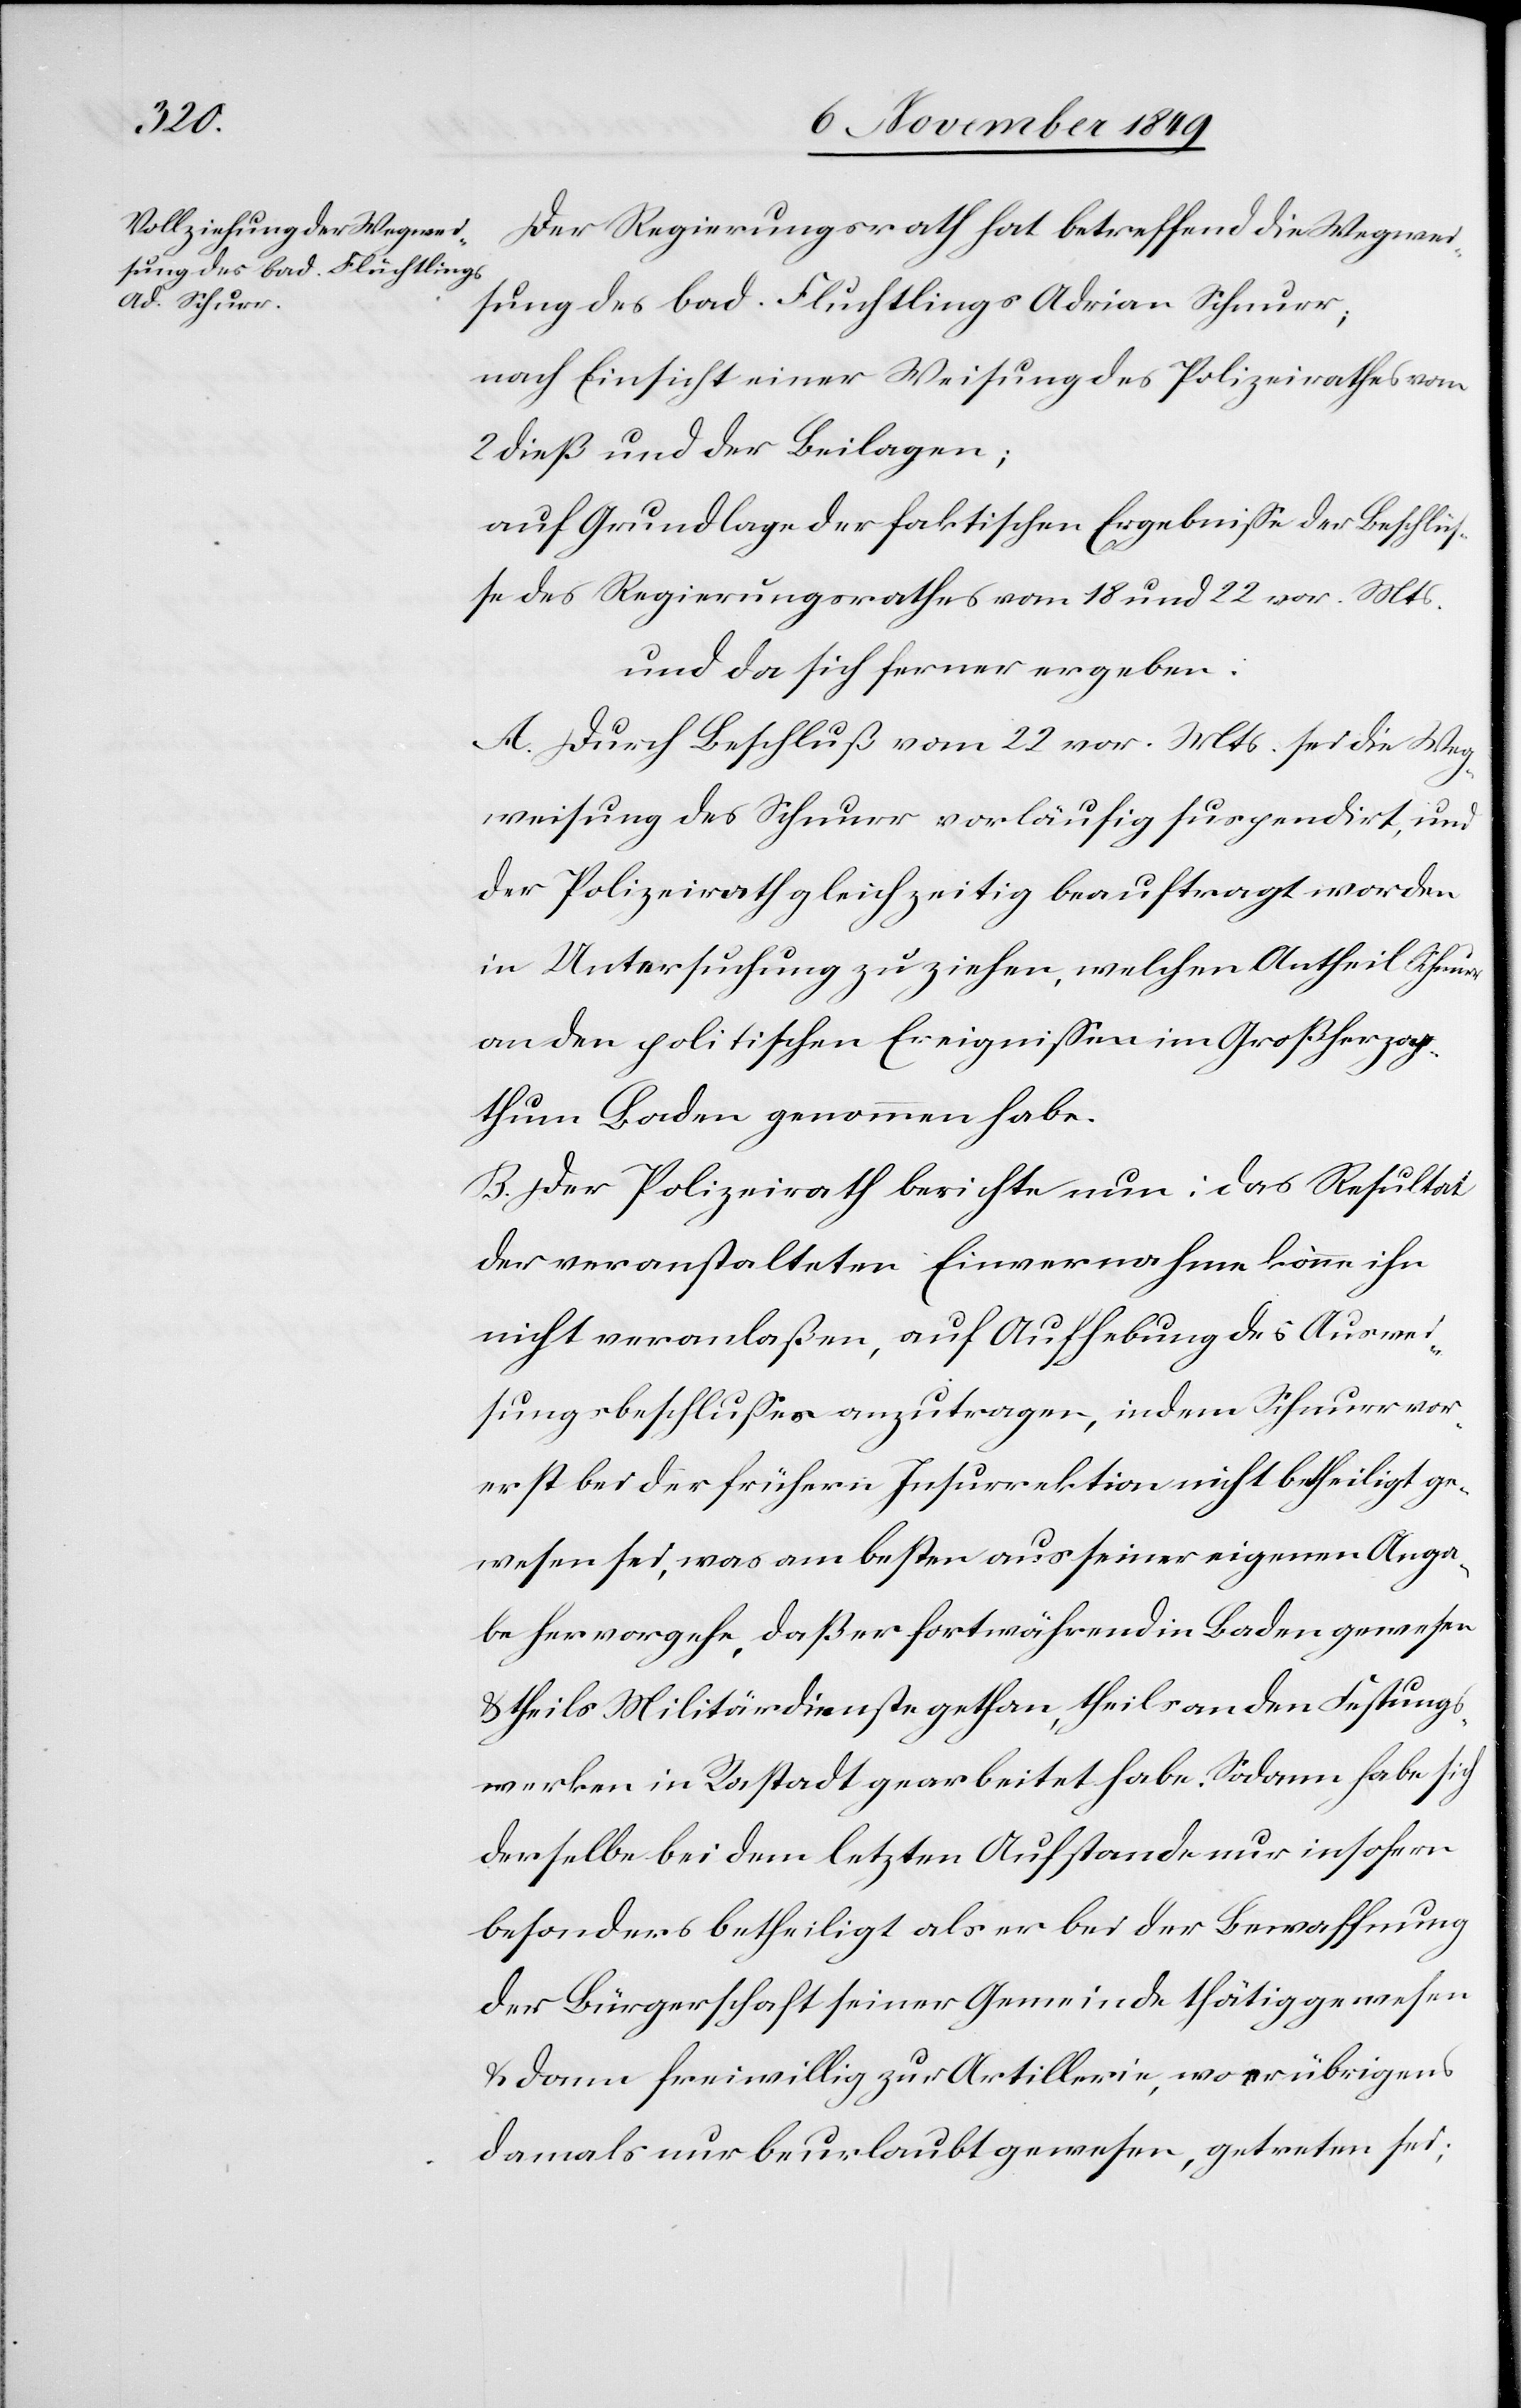
Der Regierungsrath hat betreffend die Wegwei¬
sung des bad. Flüchtlings Adrian Schnurr;
nach Einsicht einer Weisung des Polizeirathes vom
2 dieß und der Beilagen;
auf Grundlage der faktischen Ergebniße der Beschlüß¬
e des Regierungsrathes vom 18 und 22 vor. Mts.
und da sich ferner ergeben:
A. Durch Beschluß vom 22 vor. Mts. sei die Weg¬
weisung des Schnurr vorläufig suspendirt, und
der Polizeirath gleichzeitig beauftragt worden
in Untersuchung zu ziehen, welchen Antheil Schnurr
an den politischen Ereignißen im Großherzog¬
thum Baden genommen habe.
B. Der Polizeirath berichte nun: das Resultat
der veranstalteten Einvernahme könne ihn
nicht veranlaßen, auf Aufhebung des Auswei¬
sungsbeschlußes anzutragen, indem Schnurr vor¬
erst bei der frühern Insurrektion nicht betheiligt ge¬
wesen sei, was am besten aus seiner eigenen Anga¬
be hervorgehe, daß er fortwährend in Baden gewesen
u. theils Militärdienste gethan, theils an den Festungs¬
werken in Rastadt gearbeitet habe. Sodann habe sich
derselbe bei dem letzten Aufstande nur insofern
besonders betheiligt als er bei der Bewaffnung
der Bürgerschaft seiner Gemeinde thätig gewesen
u. dann freiwillig zur Artillerie, wo er übrigens
damals nur beurlaubt gewesen, getreten sei;